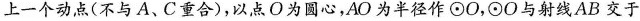
上一个动点(不与A、C重合)，以点O为圆心，AO为半径作\odot O，\odot O与射线AB交于